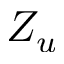
Z _ { u }